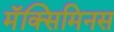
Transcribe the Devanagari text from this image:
मॅक्सिमिनस